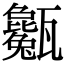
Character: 𤮭